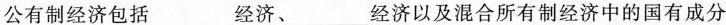
公有制经济包括___经济、___经济以及混合所有制经济中的国有成分